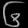
Digit: ၆